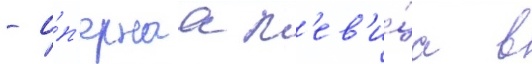
- о́п'ернаа п'ев'и́ца в